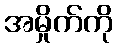
အမှိုက်ကို